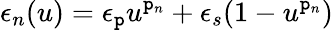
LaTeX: \epsilon_{n}(u)=\epsilon_{\mathtt{p}}u^{\mathtt{p}_{n}}+\epsilon_{s}(1-u^{\mathtt{p}_{n}})